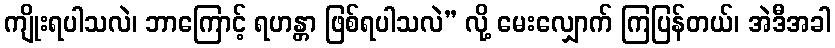
ကျိုးရပါသလဲ၊ ဘာကြောင့် ရဟန္တာ ဖြစ်ရပါသလဲ” လို့ မေးလျှောက် ကြပြန်တယ်၊ အဲဒီအခါ